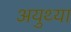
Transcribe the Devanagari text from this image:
अयुथ्या